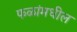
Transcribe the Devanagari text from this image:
फळांमधील